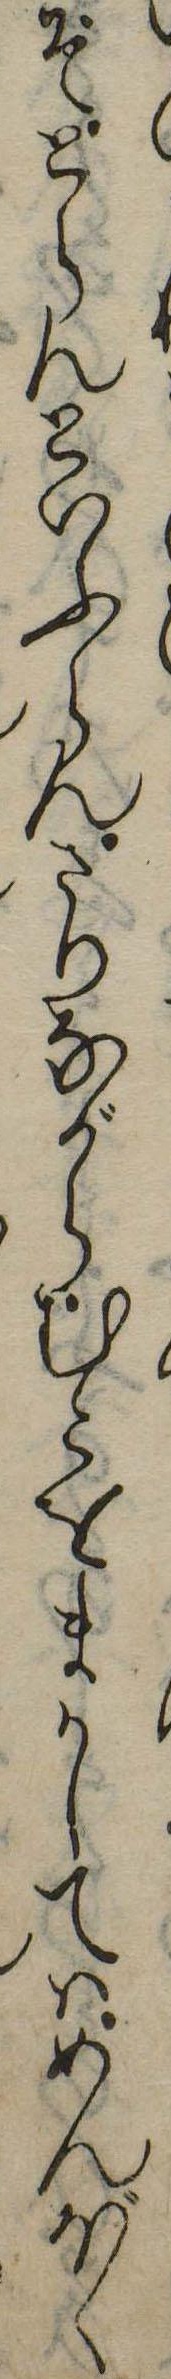
ぞとらんといふらんさりながらむこをまかしてはめんぼく